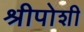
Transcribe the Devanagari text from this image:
श्रीपोशी